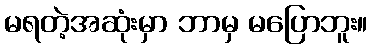
မရတဲ့အဆုံးမှာ ဘာမှ မပြောဘူး။